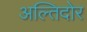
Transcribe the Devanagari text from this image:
अल्तिदोर